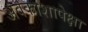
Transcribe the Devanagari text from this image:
अवकाशापेक्षा